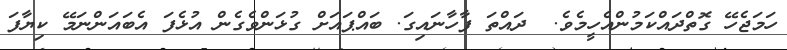
ހަމަޖެހޭ ގޮތްދައްކަމުންއެހީމެވެ.  ދައްތަ ފާހާނައިގަ. ބައްޕައަށް ގުޅަންވެގެން އުޅެފަ އެބައަންނަމޭ ކިޔާފަ